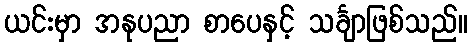
ယင်းမှာ အနုပညာ စာပေနှင့် သင်္ချာဖြစ်သည်။